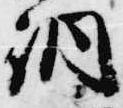
洞